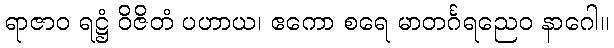
ရာဇာဝ ရဋ္ဌံ ဝိဇိတံ ပဟာယ၊ ဧကော စရေ မာတင်္ဂရညေဝ နာဂေါ။